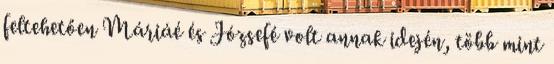
feltehetően Máriáé és Józsefé volt annak idején, több mint